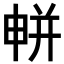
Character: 𭦘